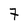
Character: 7